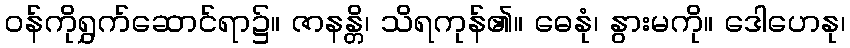
ဝန်ကိုရွှက်ဆောင်ရာ၌။ ဇာနန္တိ၊ သိရကုန်၏။ ဓေနုံ၊ နွားမကို။ ဒေါဟေနု၊